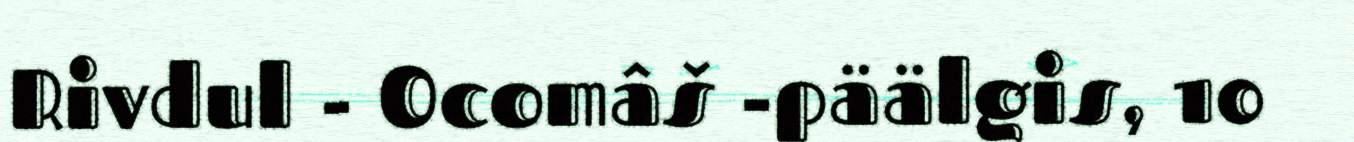
Rivdul - Ocomâš -päälgis, 10